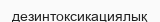
дезинтоксикациялық